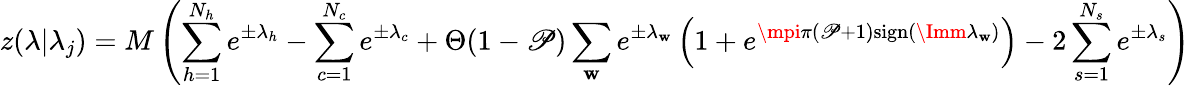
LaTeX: z(\lambda|\lambda_{j})=M\left(\sum_{h=1}^{N_{h}}e^{\pm\lambda_{h}}-\sum_{c=1}^{N_{c}}e^{\pm\lambda_{c}}+\Theta(1-\mathscr{P})\sum_{\mathbf{w}}e^{\pm\lambda_{\mathbf{w}}}\left(1+e^{\mpi\pi(\mathscr{P}+1)\mathrm{{sign}}(\Imm\lambda_{\mathbf{w}})}\right)-2\sum_{s=1}^{N_{s}}e^{\pm\lambda_{s}}\right)